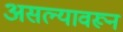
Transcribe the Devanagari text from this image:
असल्यावरून